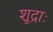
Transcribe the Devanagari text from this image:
शूद्राः